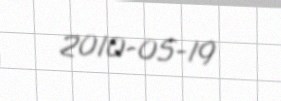
2010-05-19